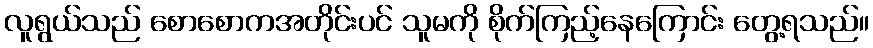
လူရွယ်သည် စောစောကအတိုင်းပင် သူမကို စိုက်ကြည့်နေကြောင်း တွေ့ရသည်။